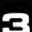
Digit: 3